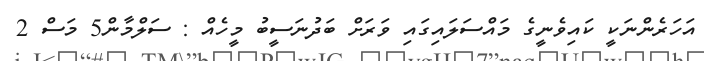
އަހަރެންނަކީ ކައިވެނީގެ މައްސަލައިގައި ވަރަށް ބަދުނަސީބު މީހެއް : ސަލްމާން5 މަސް 2